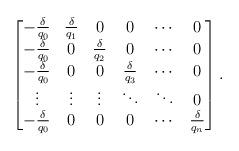
LaTeX: \begin{align*}\begin{bmatrix} -\frac{\delta}{q_0} & \frac{\delta}{q_1} & 0 & 0 & \cdots & 0\\ -\frac{\delta}{q_0} & 0 & \frac{\delta}{q_2} & 0 & \cdots & 0\\ -\frac{\delta}{q_0} & 0 & 0 & \frac{\delta}{q_3} & \cdots & 0\\\vdots & \vdots & \vdots & \ddots & \ddots & 0 \\ -\frac{\delta}{q_0} & 0 & 0 & 0 & \cdots & \frac{\delta}{q_n}\end{bmatrix} .\end{align*}